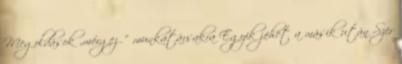
Megoldások „mérgező” munkatársakra Egyik jöhet a másik után Szer